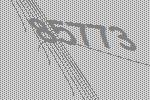
85773